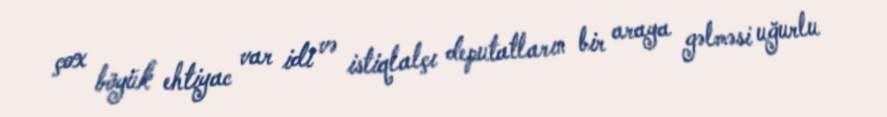
çox böyük ehtiyac var idi və istiqlalçı deputatların bir araya gəlməsi uğurlu